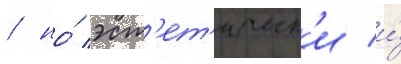
/ но́ эст'ет'ическ'и и́